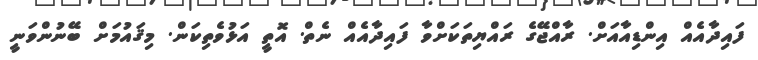
ފައިދާއެއް އިންޑިއާއަށް. ރާާއްޖޭގެ ރައްޔިތަކަށްވާ ފައިދާއެއް ނެތް. އޮތީ އަޅުވެތިކަން. މިޤައުމަށް ބޭނުންވަނީ